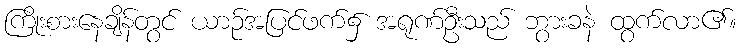
ကြိုးစားနေချိန်တွင် ယာဉ်အပြင်ဖက်၌ အရုဏ်ဦးသည် ဘွားခနဲ ထွက်လာ၏။